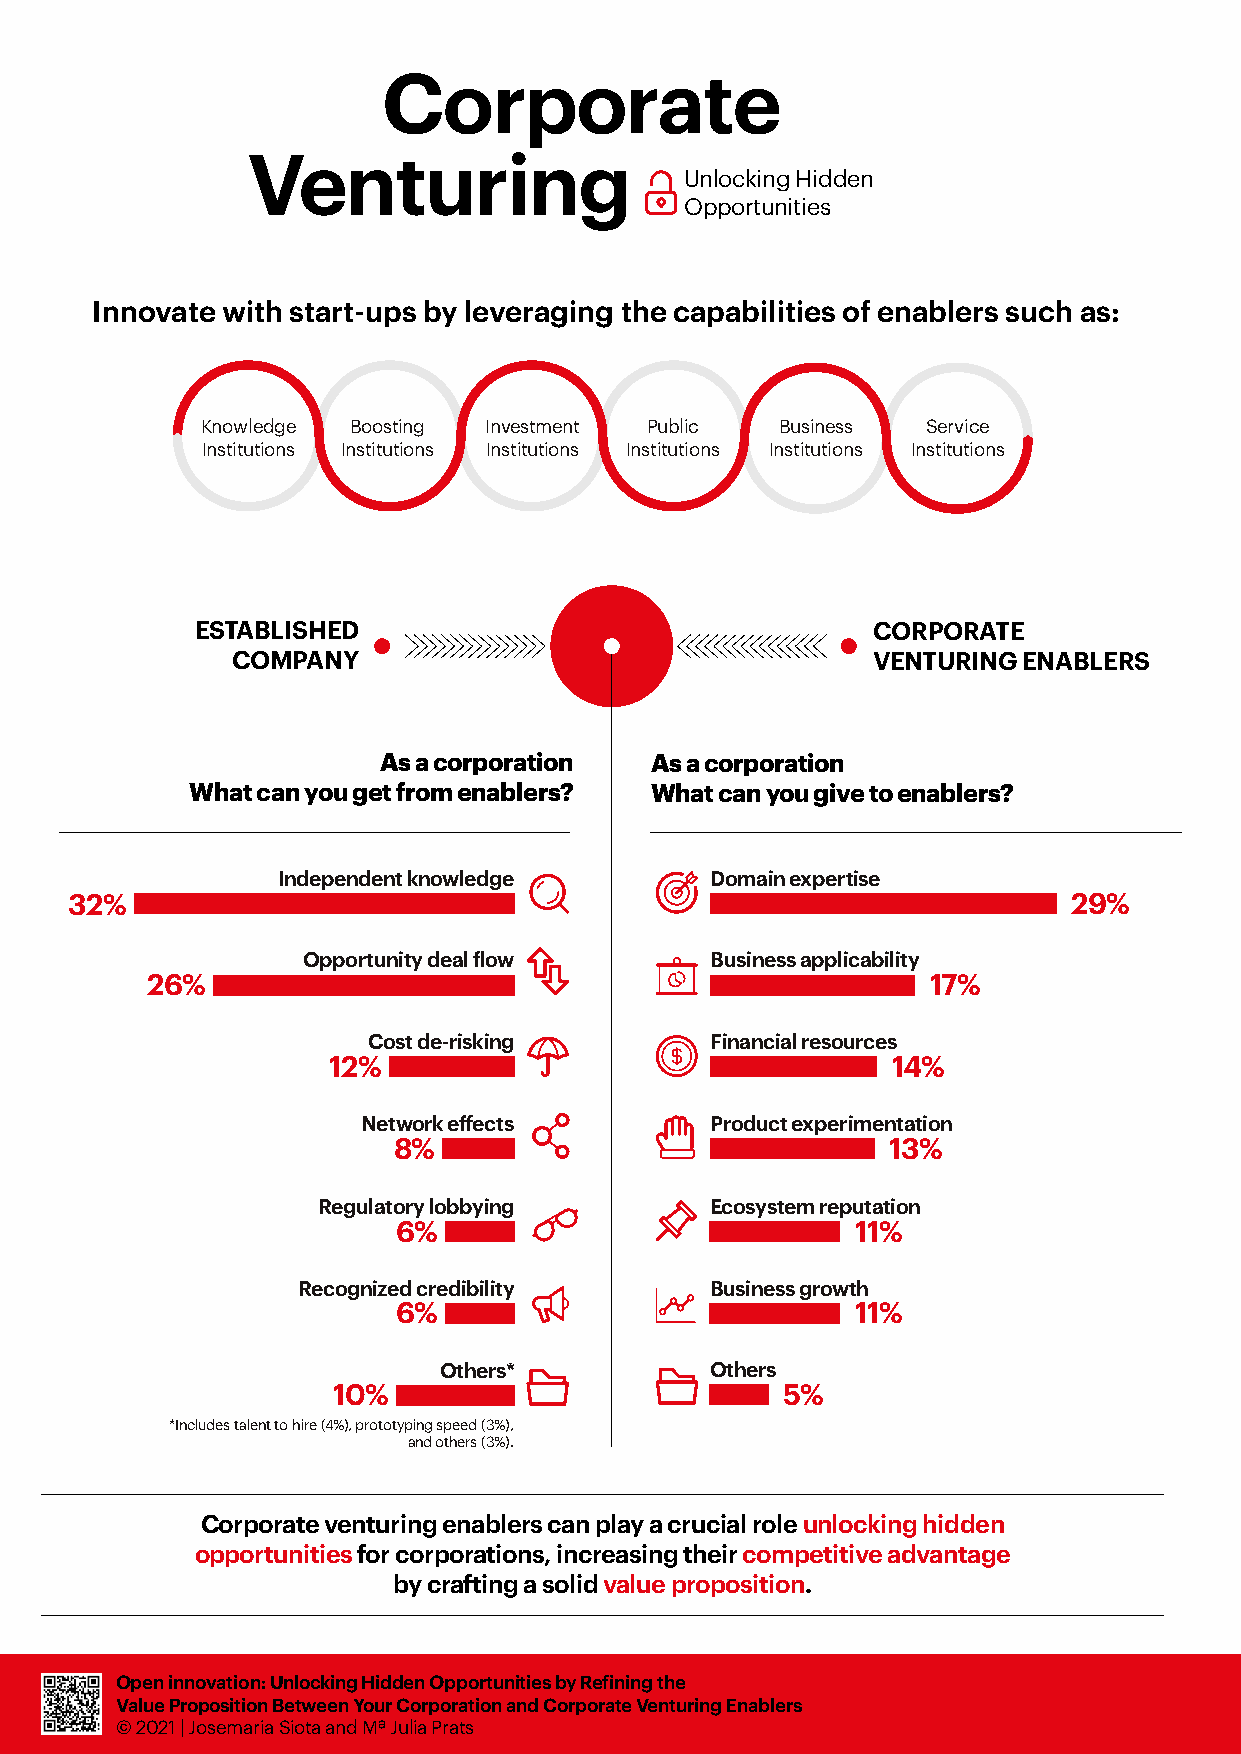
Corporate
 Venturing
 Unlocking Hidden
 Opportunities
 Innovate with start-ups by leveraging the capabilities of enablers such as:
 Knowledge Boosting Investment Public   Business Service
 Institutions Institutions Institutions Institutions Institutions Institutions
 ESTABLISHED                                  CORPORATE
 COMPANY                                    VENTURING ENABLERS
 As a corporation  As a corporation
 What can you get from enablers? What can you give to enablers?
 Independent knowledge        Domain expertise
 32%                                                               29%
 Opportunity deal flow      Business applicability
 26%                                                 17%
 Cost de-risking        Financial resources
 12%                                  14%
 Network effects        Product experimentation
 8%                               13%
 Regulatory lobbying       Ecosystem reputation
 6%                             11%
 Recognized credibility     Business growth
 6%                             11%
 Others*           Others
 10%                           5%
 *Includes talent to hire (4%), prototyping speed (3%),
 and others (3%).
 Corporate venturing enablers can play a crucial role unlocking hidden
 opportunities for corporations, increasing their competitive advantage
 by crafting a solid value proposition.
 Open innovation: Unlocking Hidden Opportunities by Refining the
 Value Proposition Between Your Corporation and Corporate Venturing Enablers
 © 2021 | Josemaria Siota and Mª Julia Prats